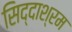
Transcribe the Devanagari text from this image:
सिद्दाश्रम